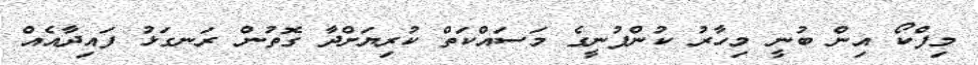
މިފްކޯ އިން ބުނީ މިހާރު ކުންފުނީގެ މަސައްކަތް ކުރިޔަށްދާ ގޮތުން ރަނގަޅު ފައިދާއެއް